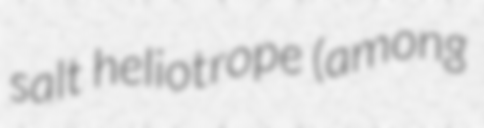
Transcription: salt heliotrope (among